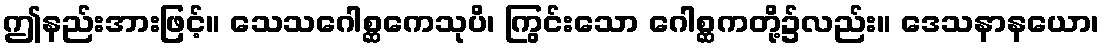
ဤနည်းအားဖြင့်။ သေသဂေါစ္ဆကေသုပိ၊ ကြွင်းသော ဂေါစ္ဆကတို့၌လည်း။ ဒေသနာနယော၊